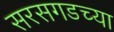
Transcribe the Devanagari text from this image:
सरसगडच्या